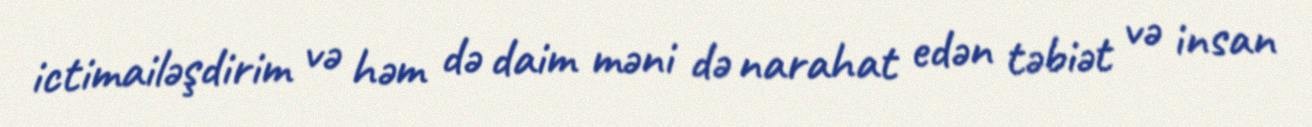
ictimailəşdirim və həm də daim məni də narahat edən təbiət və insan